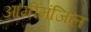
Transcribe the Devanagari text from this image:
आमीमंजिल